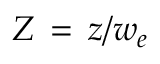
Z \, = \, z / w _ { e }